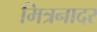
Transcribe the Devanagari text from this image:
मित्रनादर